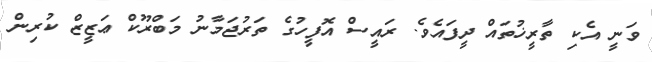
ވަނީ އެކި ތާރީޚުތައް ދީފައެވެ. ރައީސް އޮފީހުގެ ތަރުޖަމާނު މަބްރޫކް ޢަޒީޒް ކުރިން